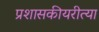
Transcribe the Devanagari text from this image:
प्रशासकीयरीत्या